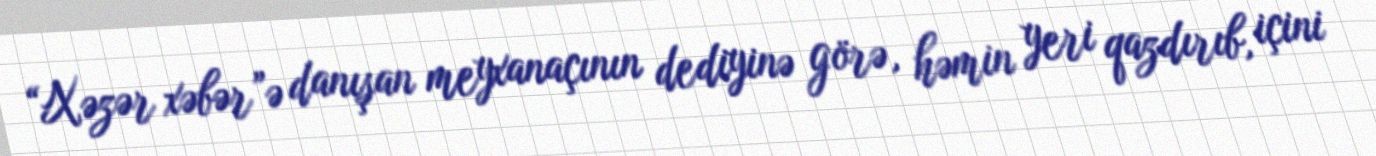
“Xəzər xəbər”ə danışan meyxanaçının dediyinə görə, həmin yeri qazdırıb, içini